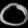
Digit: ၀